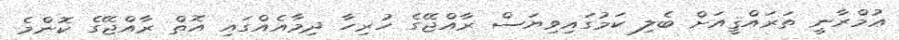
ޢުމްރާނީ ތަރައްޤީއަށް ބެލި ކަމުގައިވިޔަސް ރާއްޖޭގެ ހުރިހާ ދިމާއެއްގައި އޮތް ރާއްޖޭގެ ކޮންމެ